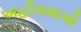
અહીરામાએ